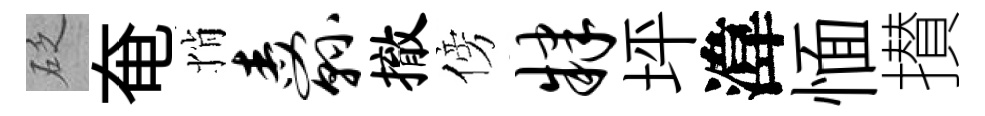
砭奄悄纛撤傍肄坪湋愐攅